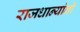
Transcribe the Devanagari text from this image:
राजधान्यांनी